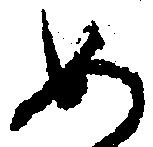
め